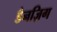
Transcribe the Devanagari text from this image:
डैनज़िग